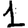
Digit: 1